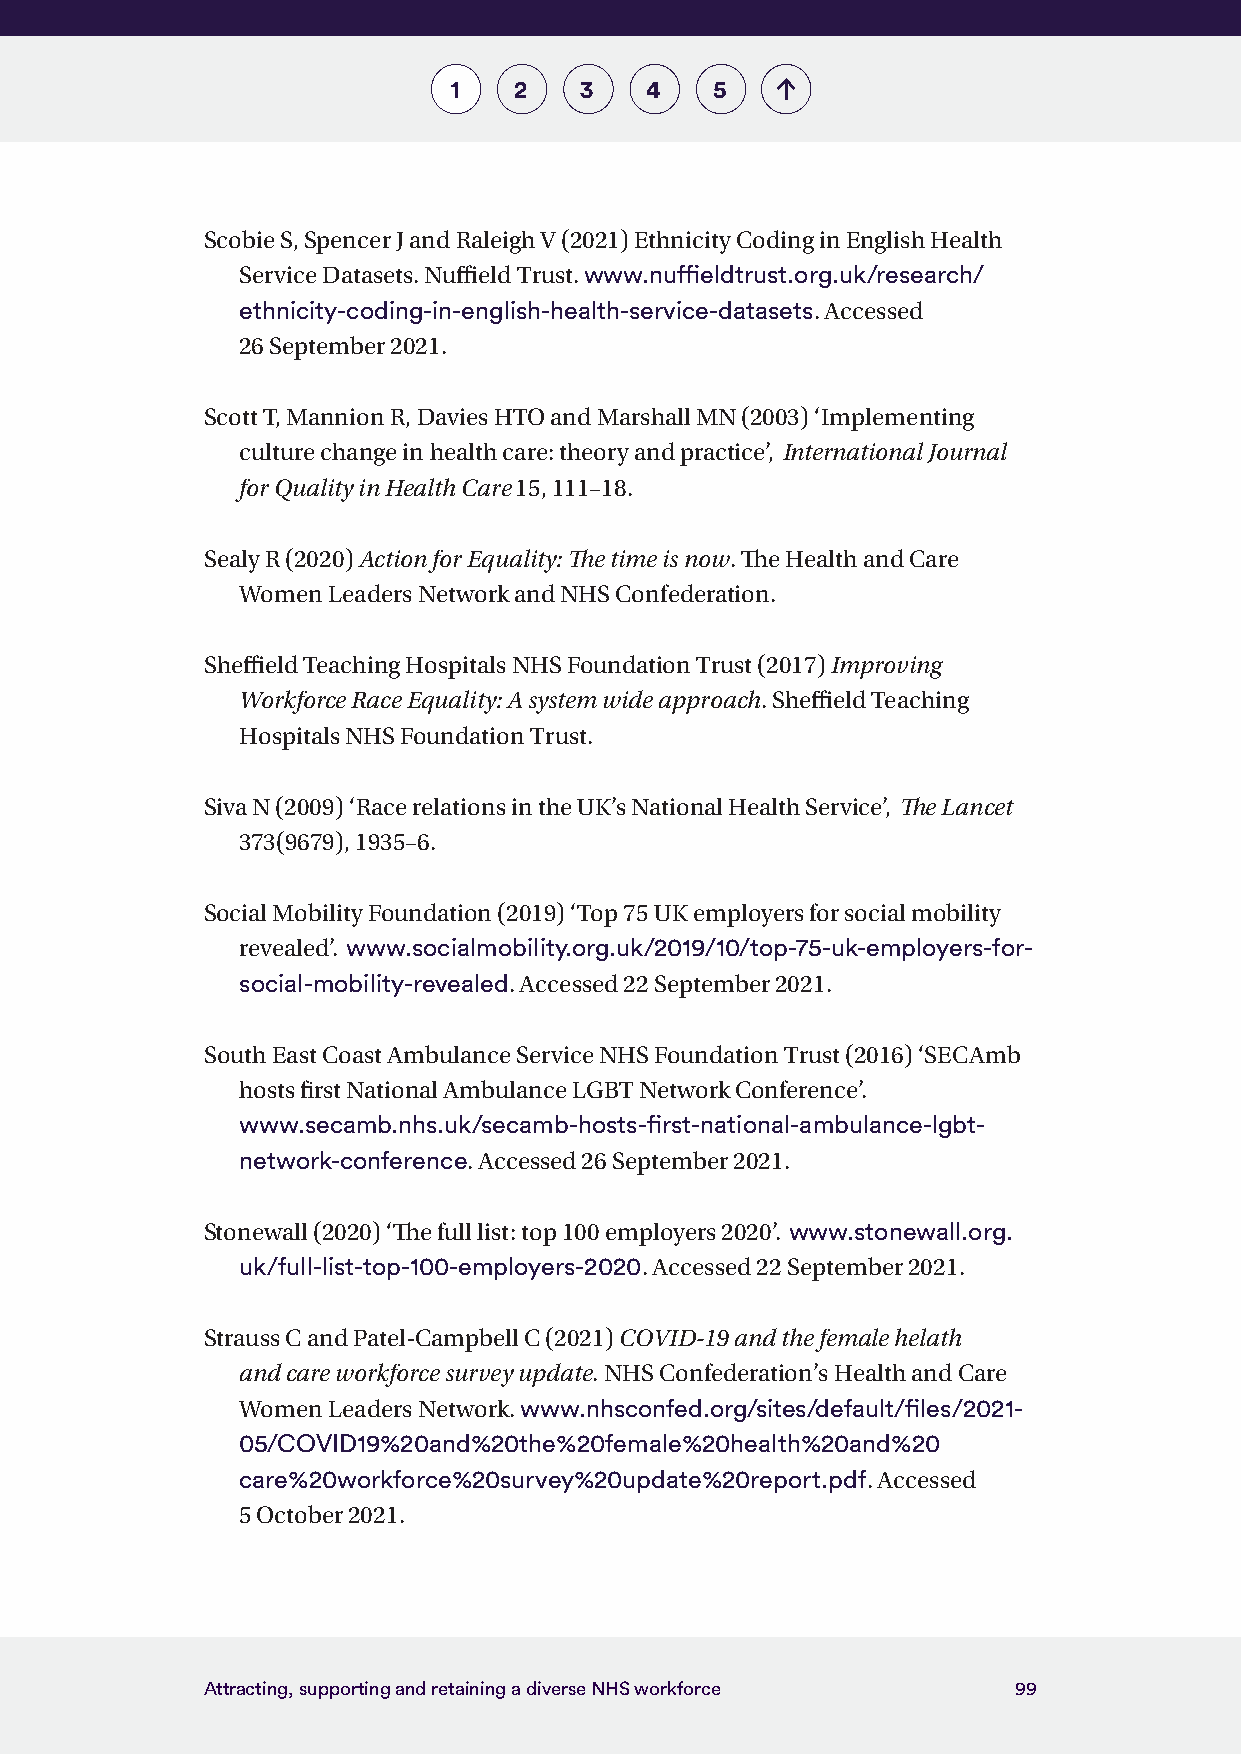
1   2   3    4   5
 Scobie S, Spencer J and Raleigh V (2021) Ethnicity Coding in English Health
 Service Datasets. Nuffield Trust. www.nuffieldtrust.org.uk/research/
 ethnicity-coding-in-english-health-service-datasets. Accessed
 26 September 2021.
 Scott T, Mannion R, Davies HTO and Marshall MN (2003) ‘Implementing
 culture change in health care: theory and practice’, International Journal
 for Quality in Health Care 15, 111–18.
 Sealy R (2020) Action for Equality: The time is now. The Health and Care
 Women Leaders Network and NHS Confederation.
 Sheffield Teaching Hospitals NHS Foundation Trust (2017) Improving
 Workforce Race Equality: A system wide approach. Sheffield Teaching
 Hospitals NHS Foundation Trust.
 Siva N (2009) ‘Race relations in the UK’s National Health Service’, The Lancet
 373(9679), 1935–6.
 Social Mobility Foundation (2019) ‘Top 75 UK employers for social mobility
 revealed’. www.socialmobility.org.uk/2019/10/top-75-uk-employers-for-
 social-mobility-revealed. Accessed 22 September 2021.
 South East Coast Ambulance Service NHS Foundation Trust (2016) ‘SECAmb
 hosts first National Ambulance LGBT Network Conference’.
 www.secamb.nhs.uk/secamb-hosts-first-national-ambulance-lgbt-
 network-conference. Accessed 26 September 2021.
 Stonewall (2020) ‘The full list: top 100 employers 2020’. www.stonewall.org.
 uk/full-list-top-100-employers-2020. Accessed 22 September 2021.
 Strauss C and Patel-Campbell C (2021) COVID-19 and the female helath
 and care workforce survey update. NHS Confederation’s Health and Care
 Women Leaders Network. www.nhsconfed.org/sites/default/files/2021-
 05/COVID19%20and%20the%20female%20health%20and%20
 care%20workforce%20survey%20update%20report.pdf. Accessed
 5 October 2021.
 Attracting, supporting and retaining a diverse NHS workforce 99